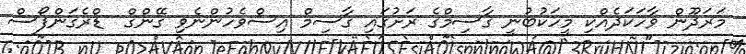
މަރަދޫން ވާހަކަދެއްކި މީހަކުބުނީ ގާސިމްގެ ރަށުގައި ގާސިމް އިސްވެހުންނެވި ގޭންގް  ޑްރެގަންފޯސް